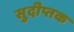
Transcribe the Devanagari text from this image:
सुदीप्तक